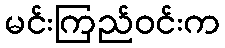
မင်းကြည်ဝင်းက